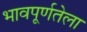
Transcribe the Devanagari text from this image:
भावपूर्णतेला